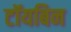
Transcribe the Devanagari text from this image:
टॉयबिन